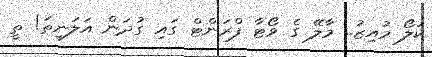
ކަލޯ މުއިޒު.. މާލޭ ގެ ވޯޓާ ފްރަންޓް ގައި ގުދަން އަލަނީތަ! ތީ